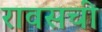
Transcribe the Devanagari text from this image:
रावसची